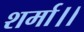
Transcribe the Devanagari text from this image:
शर्मा।।